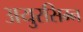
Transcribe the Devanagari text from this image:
अयुरसिम्न